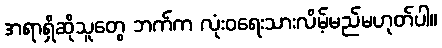
အရာရှိဆိုသူတွေ ဘက်က လုံးဝရေးသားလိမ့်မည်မဟုတ်ပါ။